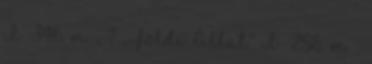
I 346. m. , ? „Földi Állat” I 256. m. ;